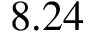
8 . 2 4